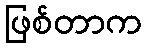
ဖြစ်တာက